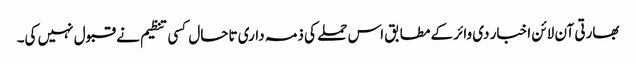
بھارتی آن لائن اخبار دی وائر کے مطابق اس حملے کی ذمہ داری تاحال کسی تنظیم نے قبول نہیں کی۔